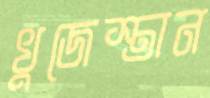
খুজেস্তান